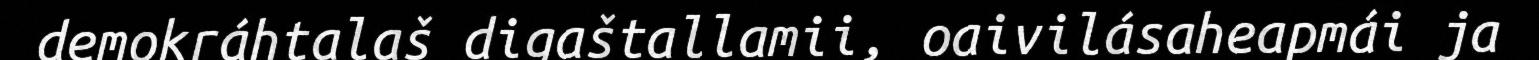
demokráhtalaš digaštallamii, oaivilásaheapmái ja